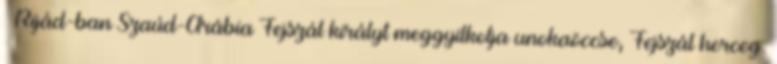
– Rijád-ban Szaúd-Arábia Fejszál királyt meggyilkolja unokaöccse, Fejszál herceg.